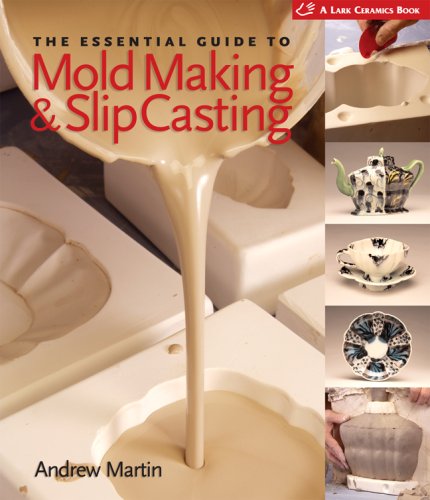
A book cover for The Essential Guide to Mold Making & Slip Casting (A Lark Ceramics Book); Andrew Martin; Crafts, Hobbies & Home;